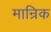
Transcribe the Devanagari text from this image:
मान्रिक